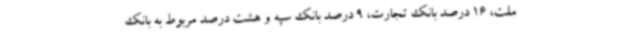
ملت، 16 درصد بانک تجارت، 9 درصد بانک سپه و هشت درصد مربوط به بانک